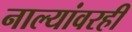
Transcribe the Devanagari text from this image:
नाल्यांवरही